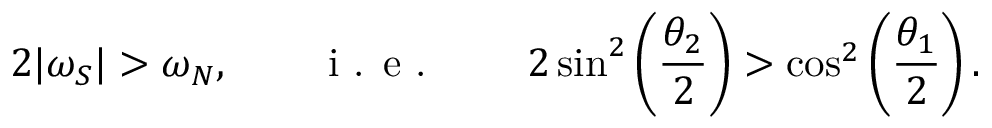
2 | \omega _ { S } | > \omega _ { N } , \qquad \textnormal { i . e . } \qquad 2 \sin ^ { 2 } \left( \frac { \theta _ { 2 } } { 2 } \right) > \cos ^ { 2 } \left( \frac { \theta _ { 1 } } { 2 } \right) .